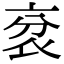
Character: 𧘠